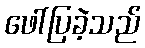
ဖေါ်ပြခဲ့သည်